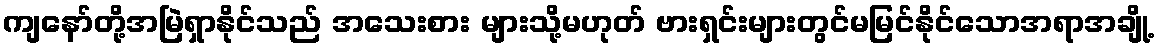
ကျနော်တို့အမြဲရှာနိုင်သည် အသေးစား များသို့မဟုတ် ဗားရှင်းများတွင်မမြင်နိုင်သောအရာအချို့